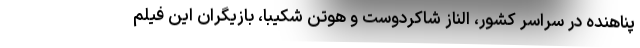
پناهنده در سراسر کشور، الناز شاکردوست و هوتن شکیبا، بازیگران این فیلم